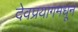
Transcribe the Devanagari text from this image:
देवप्रयागमधून